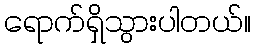
ရောက်ရှိသွားပါတယ်။